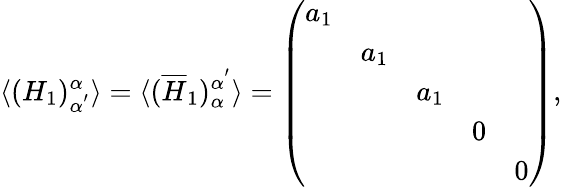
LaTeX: \langle(H_{1})_{\alpha^{'}}^{\alpha}\rangle=\langle(\overline{{{H}}}_{1})_{\alpha}^{\alpha^{'}}\rangle=\left(\begin{array}{ccccc}{{a_{1}}}&{{}}&{{}}&{{}}&{{}}\\ {{}}&{{a_{1}}}&{{}}&{{}}&{{}}\\ {{}}&{{}}&{{a_{1}}}&{{}}&{{}}\\ {{}}&{{}}&{{}}&{{0}}&{{}}\\ {{}}&{{}}&{{}}&{{}}&{{0}}\end{array}\right),